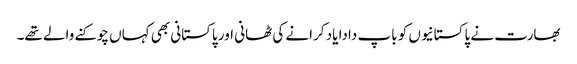
بھارت نے پاکستانیوں کو باپ دادا یاد کرانے کی ٹھانی اور پاکستانی بھی کہاں چوکنے والے تھے۔